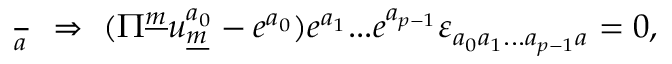
{ \frac { \d S } { \d e ^ { a } } } ~ \Rightarrow ~ ( \Pi ^ { \underline { { { m } } } } u _ { \underline { { { m } } } } ^ { a _ { 0 } } - e ^ { a _ { 0 } } ) e ^ { a _ { 1 } } . . . e ^ { a _ { p - 1 } } \varepsilon _ { a _ { 0 } a _ { 1 } . . . a _ { p - 1 } a } = 0 ,